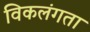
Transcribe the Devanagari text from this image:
विकलंगता